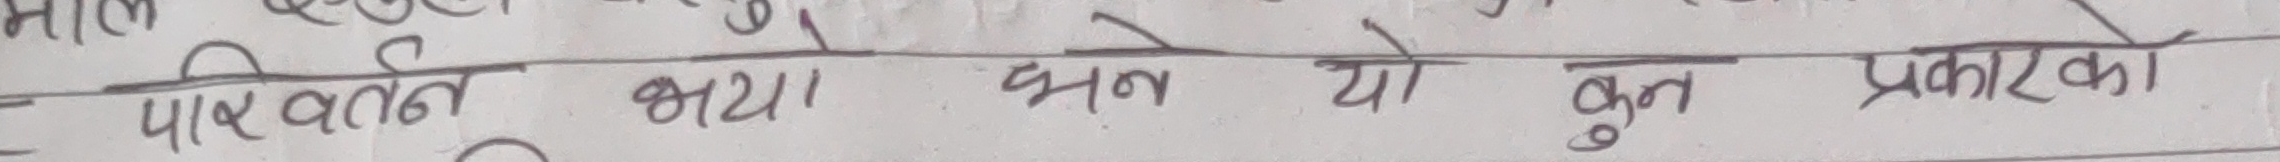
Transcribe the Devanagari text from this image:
पारवत अथवा धन यो कुन प्रकारको